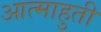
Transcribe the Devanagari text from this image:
आत्माहुती